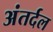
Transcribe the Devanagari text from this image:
अंतर्दल